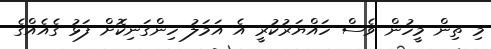
މި ތިން މީހުން ވެސް ހައްޔަރުކުރީ އެ އަމަލު ހިންގަނިކޮށް ފަޅު ގެއެއްގެ